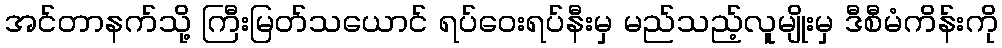
အင်တာနက်သို့ ကြီးမြတ်သယောင် ရပ်ဝေးရပ်နီးမှ မည်သည့်လူမျိုးမှ ဒီစီမံကိန်းကို